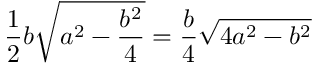
{ \frac { 1 } { 2 } } b { \sqrt { a ^ { 2 } - { \frac { b ^ { 2 } } { 4 } } } } = { \frac { b } { 4 } } { \sqrt { 4 a ^ { 2 } - b ^ { 2 } } }